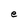
Character: e